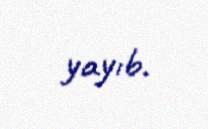
yayıb.